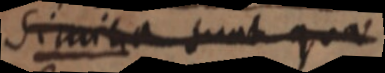
Similia sunt quae